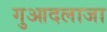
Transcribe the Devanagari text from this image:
गुआदलाजा